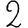
Digit: 2